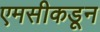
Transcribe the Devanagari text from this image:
एमसीकडून